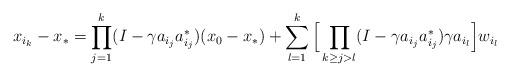
LaTeX: \begin{align*}x_{i_k} - x_* =\prod_{j=1}^k (I - \gamma a_{i_j} a_{i_j}^*) (x_0 - x_*) + \sum_{l=1}^k \Big[\prod_{k \geq j > l} (I-\gamma a_{i_j}a_{i_j}^*)\gamma a_{i_l}\Big] w_{i_l}\end{align*}